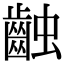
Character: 䶚